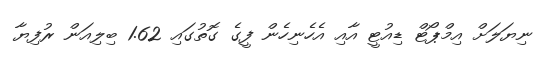
ނިޔަލަށް އިމްޕޯޓް ޑިއުޓީ އާއި އެހެނިހެން ފީގެ ގޮތުގައި 1.62 ބިލިއަން ރުފިޔާ